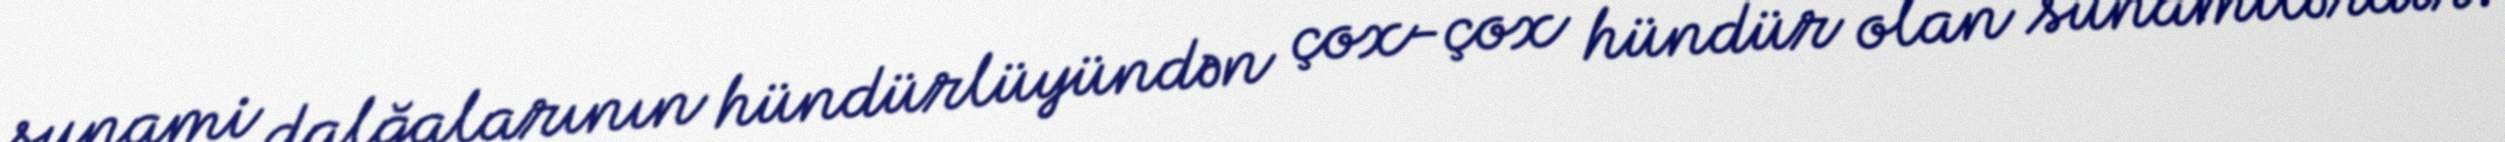
sunami dalğalarının hündürlüyündən çox-çox hündür olan sunamilərdir.